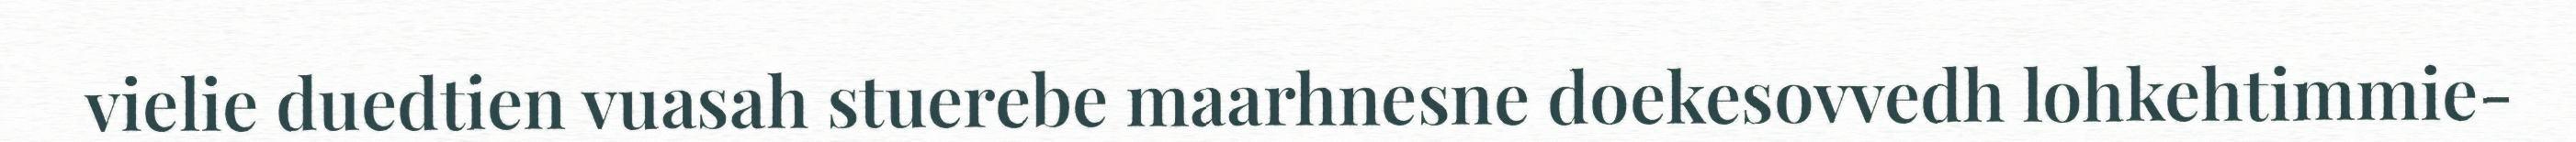
vielie duedtien vuasah stuerebe maarhnesne doekesovvedh lohkehtimmie-